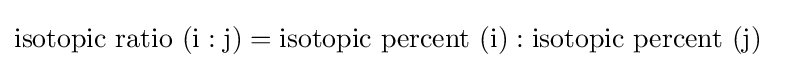
\mathrm {isotopic\ ratio} \ (\mathrm {i:j} )=\mathrm {isotopic\ percent} \ (\mathrm {i} ):\mathrm {isotopic\ percent} \ (\mathrm {j} )\